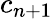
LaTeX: c_{n+1}